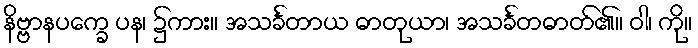
နိဗ္ဗာနပက္ခေ ပန၊ ၌ကား။ အသင်္ခတာယ ဓာတုယာ၊ အသင်္ခတဓာတ်၏။ ဝါ၊ ကို။